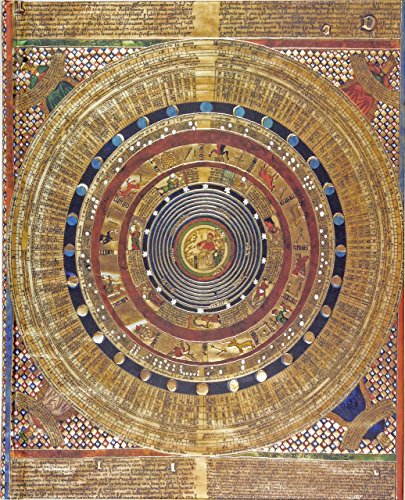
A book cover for Cosmology Journal (Diary, Notebook); Peter Pauper Press; Science & Math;